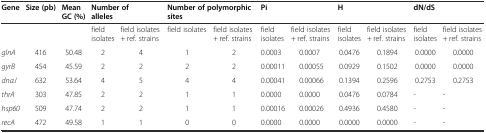
<table><thead><tr><td><b>Gene</b></td><td><b>Size (pb)</b></td><td><b>Mean GC (%)</b></td><td colspan="2"><b>Number of alleles</b></td><td colspan="2"><b>Number of polymorphic sites</b></td><td colspan="2"><b>Pi</b></td><td colspan="2"><b>H</b></td><td colspan="2"><b>dN/dS</b></td></tr></thead><tbody><tr><td></td><td></td><td></td><td>field isolates</td><td>field isolates + ref. strains</td><td>field isolates</td><td>field isolates + ref. strains</td><td>field isolates</td><td>field isolates + ref. strains</td><td>field isolates</td><td>field isolates + ref. strains</td><td>field isolates</td><td>field isolates + ref. strains</td></tr><tr><td><i>glnA</i></td><td>416</td><td>50.48</td><td>2</td><td>4</td><td>1</td><td>2</td><td>0.0003</td><td>0.0007</td><td>0.0476</td><td>0.1894</td><td>0.0000</td><td>0.0000</td></tr><tr><td><i>gyrB</i></td><td>454</td><td>45.59</td><td>2</td><td>2</td><td>2</td><td>2</td><td>0.00011</td><td>0.00055</td><td>0.0929</td><td>0.1502</td><td>0.0000</td><td>0.0000</td></tr><tr><td><i>dnaJ</i></td><td>632</td><td>53.64</td><td>4</td><td>5</td><td>4</td><td>4</td><td>0.00041</td><td>0.00066</td><td>0.1394</td><td>0.2596</td><td>0.2753</td><td>0.2753</td></tr><tr><td><i>thrA</i></td><td>303</td><td>47.85</td><td>2</td><td>2</td><td>1</td><td>1</td><td>0.0000</td><td>0.0000</td><td>0.0476</td><td>0.0784</td><td>-</td><td>-</td></tr><tr><td><i>hsp60</i></td><td>509</td><td>47.74</td><td>2</td><td>2</td><td>1</td><td>1</td><td>0.00016</td><td>0.00026</td><td>0.4936</td><td>0.4580</td><td>-</td><td>-</td></tr><tr><td><i>recA</i></td><td>472</td><td>49.58</td><td>1</td><td>1</td><td>0</td><td>0</td><td>0.0000</td><td>0.0000</td><td>0.0000</td><td>0.0000</td><td>-</td><td>-</td></tr></tbody></table>